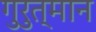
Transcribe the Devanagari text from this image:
गुरुत्मान